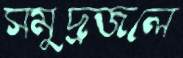
সমুদ্রজলে